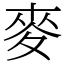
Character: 麥